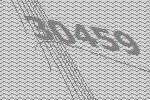
30459